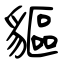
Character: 貙